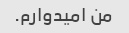
من امیدوارم.